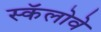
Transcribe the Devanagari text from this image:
स्कॅलोवे